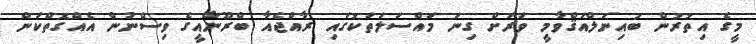
މީގެ އިތުރުން ބައިނަލްއަޤްވާމީ ވަރަށް ގިނަ މައްސަލަތަކުގައި ރާއްޖެއާ ބްރޫނާއީގެ ވިސްނުން އެއްގޮތްކަން